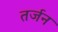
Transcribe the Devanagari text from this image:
तर्जन